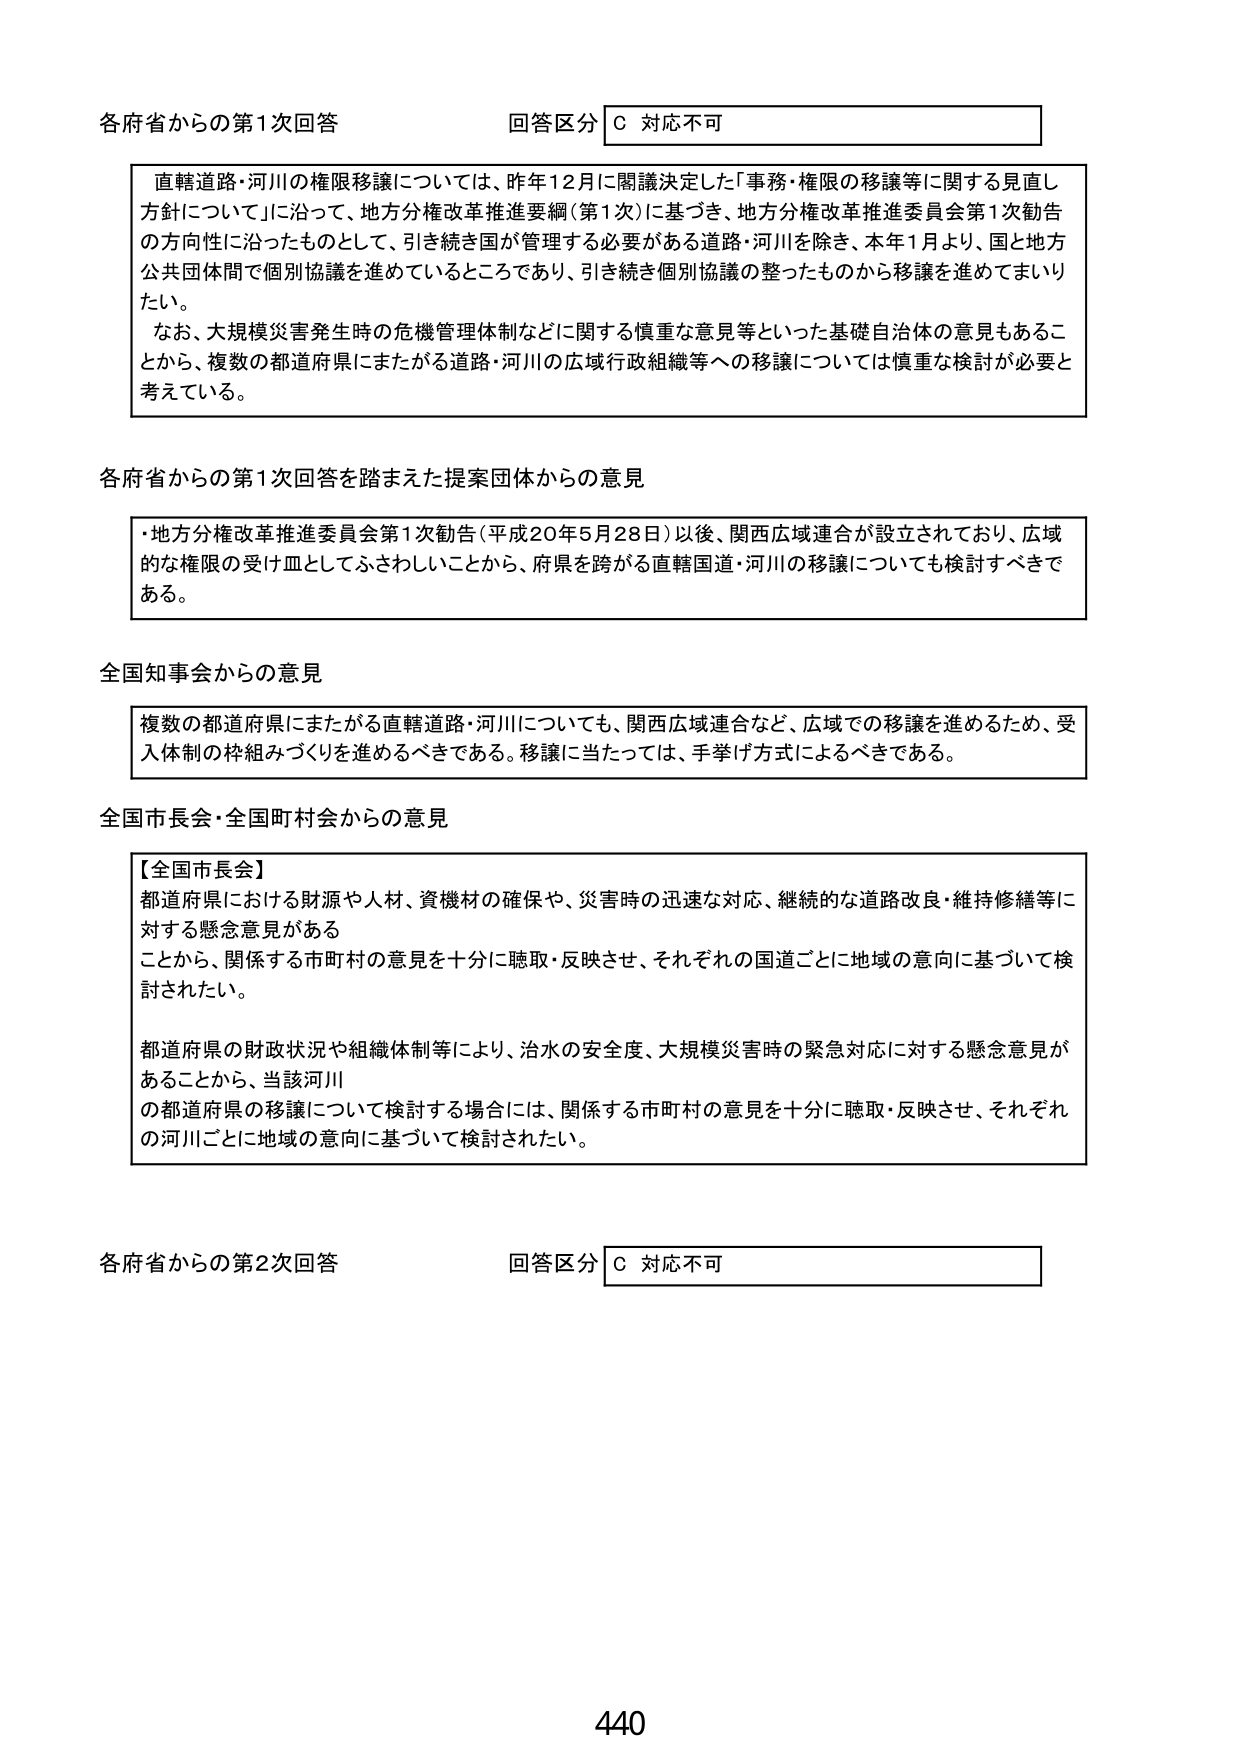
各府省からの第1次回答
回答区分 C 対応不可

直轄道路・河川の権限移譲については、昨年12月に閣議決定した「事務・権限の移譲等に関する見直し方針について」に沿って、地方分権改革推進要綱（第1次）に基づき、地方分権改革推進委員会第1次勧告の方向性に沿ったものとして、引き続き国が管理する必要がある道路・河川を除き、本年1月より、国と地方公共団体間で個別協議を進めているところであり、引き続き個別協議の整ったものから移譲を進めてまいりたい。

なお、大規模災害発生時の危機管理体制などに関する慎重な意見等といった基礎自治体の意見もあることから、複数の都道府県にまたがる道路・河川の広域行政組織等への移譲については慎重な検討が必要と考えている。

各府省からの第1次回答を踏まえた提案団体からの意見

・地方分権改革推進委員会第1次勧告（平成20年5月28日）以後、関西広域連合が設立されており、広域的な権限の受け皿としてふさわしいことから、府県を跨がる直轄国道・河川の移譲についても検討すべきである。

全国知事会からの意見

複数の都道府県にまたがる直轄道路・河川についても、関西広域連合など、広域での移譲を進めるため、受入体制の枠組みづくりを進めるべきである。移譲に当たっては、手挙げ方式によるべきである。

全国市長会・全国町村会からの意見

【全国市長会】
都道府県における財源や人材、資機材の確保や、災害時の迅速な対応、継続的な道路改良・維持修繕等に対する懸念意見がある
ことから、関係する市町村の意見を十分に聴取・反映させ、それぞれの国道ごとに地域の意向に基づいて検討されたい。

都道府県の財政状況や組織体制等により、治水の安全度、大規模災害時の緊急対応に対する懸念意見があることから、当該河川
の都道府県の移譲について検討する場合には、関係する市町村の意見を十分に聴取・反映させ、それぞれの河川ごとに地域の意向に基づいて検討されたい。

各府省からの第2次回答
回答区分 C 対応不可

440